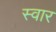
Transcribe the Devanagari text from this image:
स्‍वार